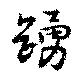
踴